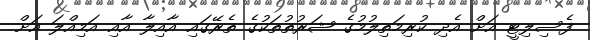
ފެސިލިޓީ އަށް އެދި ކުރިމަތިލުމުގެ ޝަރުތުތަކުގެ ތެރޭގައި އާއިލާ އާއި އަމިއްލަ އަށް